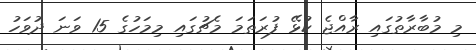
މި މުބާރާތުގައި ރާއްޖެ ކުޅޭ ފުރަތަމަ މެޗުގައި މިމަހުގެ 15 ވަނަ ދުވަހު